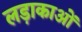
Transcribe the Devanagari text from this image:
लड़ाकाओं